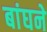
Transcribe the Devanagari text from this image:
बांघने